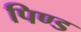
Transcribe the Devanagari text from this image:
पिण्‍ड